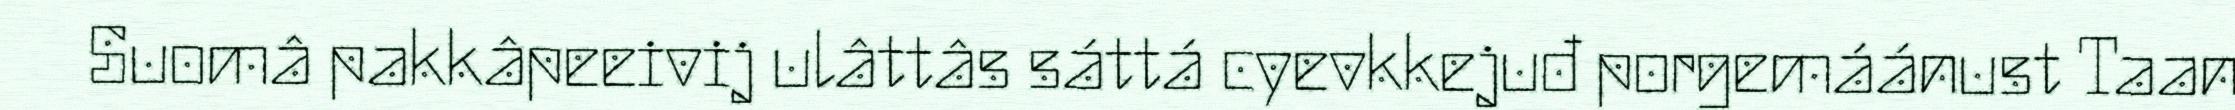
Suomâ pakkâpeeivij ulâttâs sáttá cyevkkejuđ porgemáánust Taan